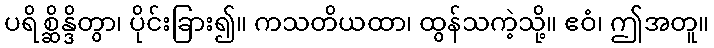
ပရိစ္ဆိန္ဒိတွာ၊ ပိုင်းခြား၍။ ကသတိယထာ၊ ထွန်သကဲ့သို့။ ဧဝံ၊ ဤအတူ။